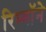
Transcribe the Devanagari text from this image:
रिम्बॉने